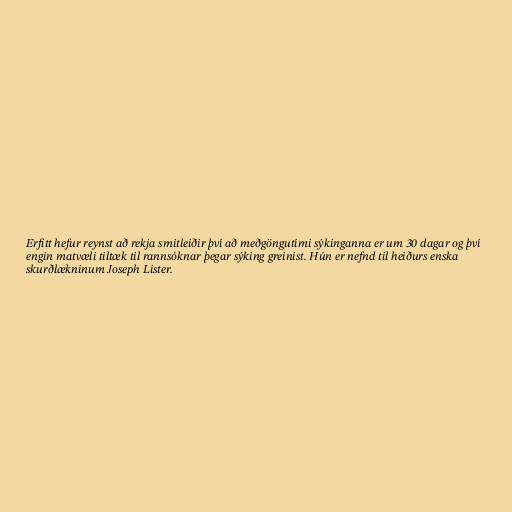
Erfitt hefur reynst að rekja smitleiðir því að meðgöngutími sýkinganna er um 30 dagar og því
engin matvæli tiltæk til rannsóknar þegar sýking greinist. Hún er nefnd til heiðurs enska
skurðlækninum Joseph Lister.